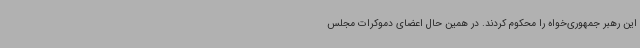
این رهبر جمهوری‌خواه را محکوم کردند. در همین حال اعضای دموکرات مجلس